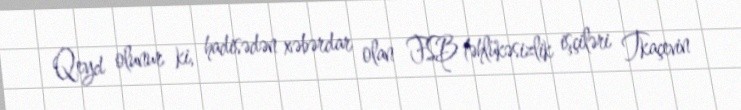
Qeyd olunur ki, hadisədən xəbərdar olan FSB təhlükəsizlik işçiləri Tkaçevin